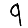
Digit: 9